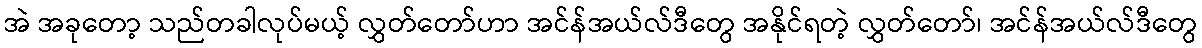
အဲ အခုတော့ သည်တခါလုပ်မယ့် လွှတ်တော်ဟာ အင်န်အယ်လ်ဒီတွေ အနိုင်ရတဲ့ လွှတ်တော်၊ အင်န်အယ်လ်ဒီတွေ